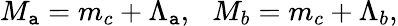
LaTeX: M_{\mathtt{a}}=m_{c}+\Lambda_{\mathtt{a}},\, \, \, \, M_{b}=m_{c}+\Lambda_{b},